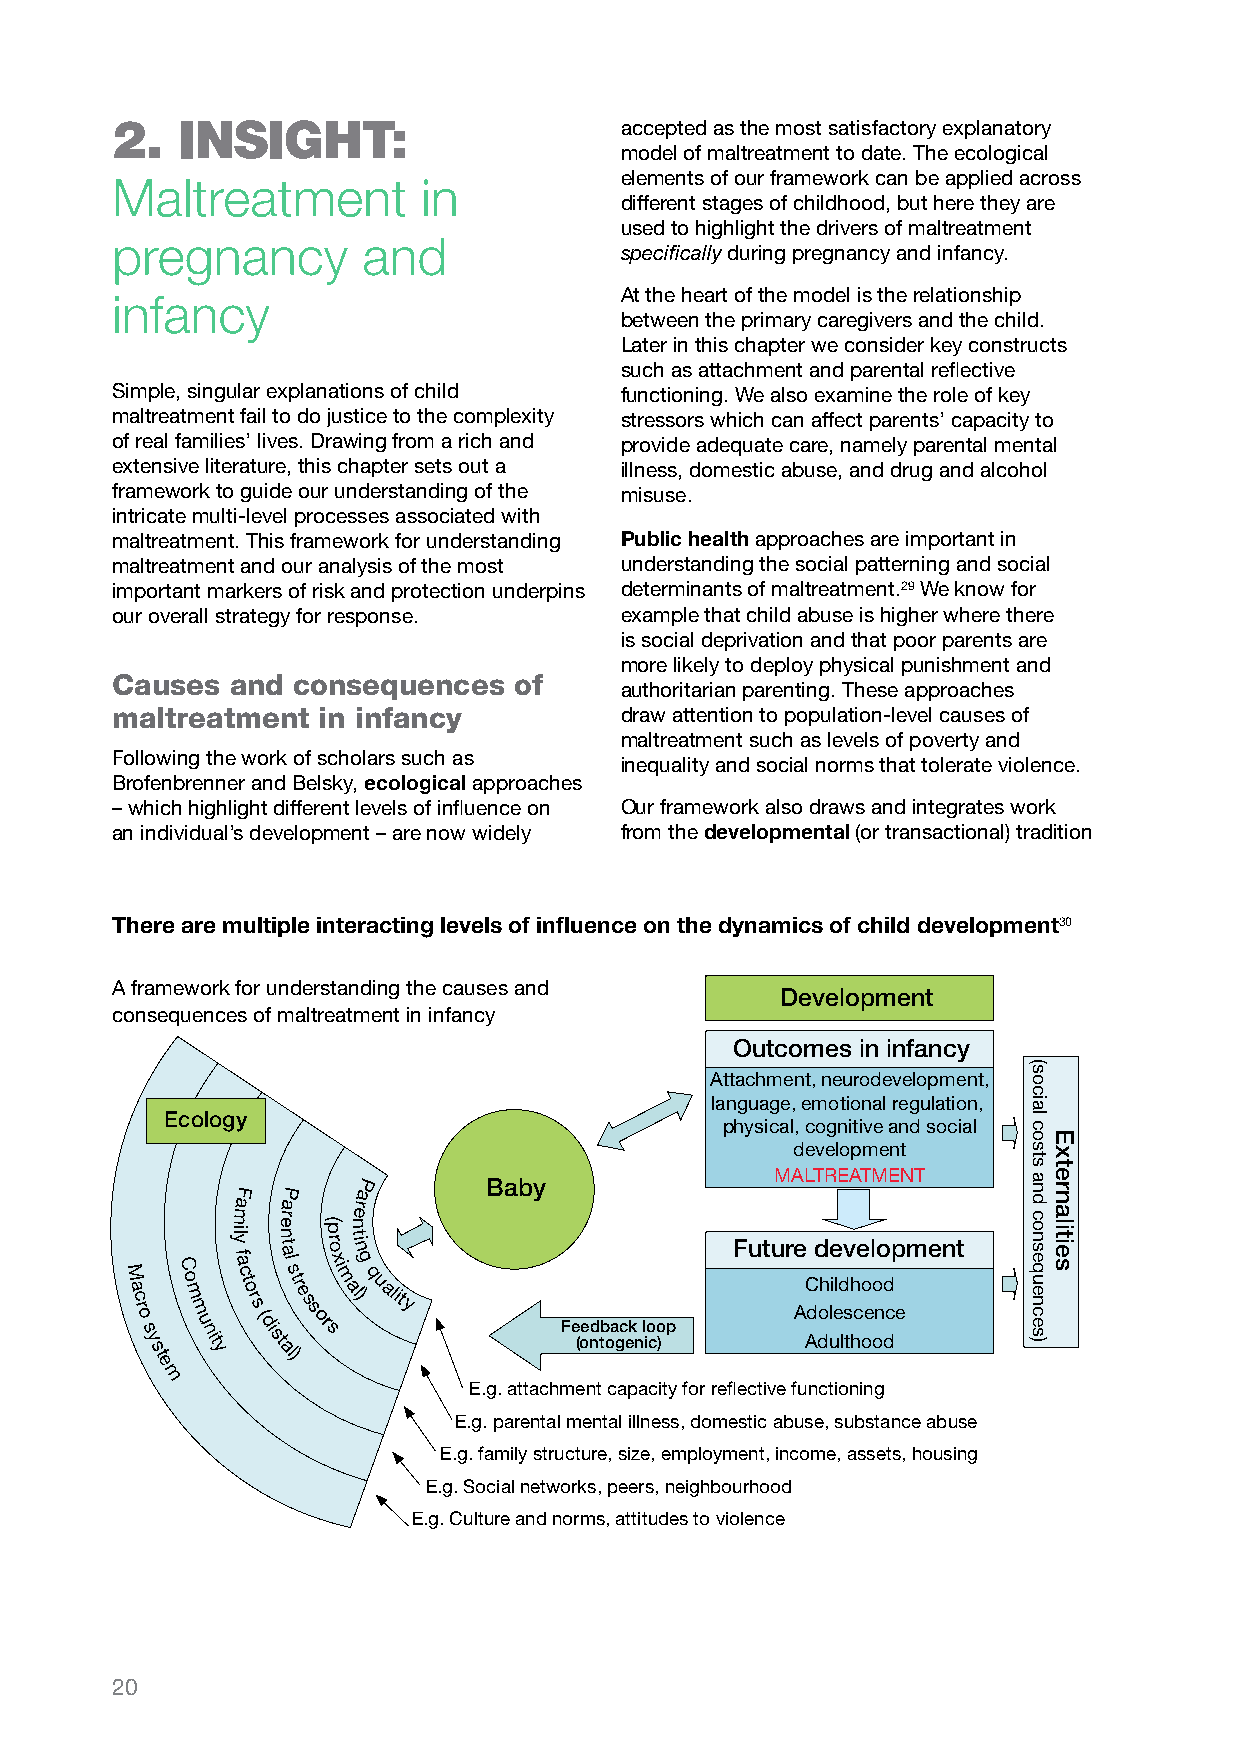
2.   insiGHt:                     accepted as the most satisfactory explanatory
 model of maltreatment to date. The ecological
 elements of our framework can be applied across
 Maltreatment         in
 different stages of childhood, but here they are
 used to highlight the drivers of maltreatment
 pregnancy        and
 specifically during pregnancy and infancy.
 infancy                           At the heart of the model is the relationship
 between the primary caregivers and the child.
 Later in this chapter we consider key constructs
 such as attachment and parental reflective
 Simple, singular explanations of child functioning. We also examine the role of key
 maltreatment fail to do justice to the complexity stressors which can affect parents’ capacity to
 of real families’ lives. Drawing from a rich and provide adequate care, namely parental mental
 extensive literature, this chapter sets out a illness, domestic abuse, and drug and alcohol
 framework to guide our understanding of the misuse.
 intricate multi-level processes associated with
 maltreatment. This framework for understanding Public health approaches are important in
 maltreatment and our analysis of the most understanding the social patterning and social
 important markers of risk and protection underpins determinants of maltreatment.29 We know for
 our overall strategy for response. example that child abuse is higher where there
 is social deprivation and that poor parents are
 more likely to deploy physical punishment and
 Causes  and consequences   of
 authoritarian parenting. These approaches
 maltreatment  in infancy          draw attention to population-level causes of
 maltreatment such as levels of poverty and
 Following the work of scholars such as
 inequality and social norms that tolerate violence.
 Brofenbrenner and Belsky, ecological approaches
 – which highlight different levels of influence on Our framework also draws and integrates work
 an individual’s development – are now widely from the developmental (or transactional) tradition
 There are multiple interacting levels of influence on the dynamics of child development30
 A framework for understanding the causes and
 Development
 consequences of maltreatment in infancy
 Outcomes in infancy
 Attachment, neurodevelopment,
 language, emotional regulation,
 Ecology
 physical, cognitive and social
 development
 MALTREATMENT P Baby
 F  P   a
 a  a    r
 m  r    e M a c ro
 s
 y
 stC o m m
 u nit
 yli y f a c t o r s
 ( di
 stn ae t a l s lt )r e s s
 or
 sp r( o x i m an t lin )g q u ality
 Fe (oed ntb oa gc ek
 n
 l io co )p
 Future A AC d d doh l ue i eld lv s th hce o oel o ono d dcp ement
 e
 m
 E.g. attachment capacity for reflective functioning
 E.g. parental mental illness, domestic abuse, substance abuse
 E.g. family structure, size, employment, income, assets, housing
 E.g. Social networks, peers, neighbourhood
 E.g. Culture and norms, attitudes to violence
 20
 (social
 costs
 and
 consequences)
 Externalities